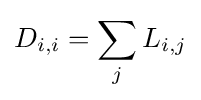
D_{i,i}=\sum _{j}L_{i,j}